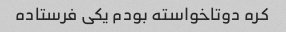
کره دوتاخواسته بودم یکی فرستاده